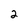
Character: 2